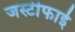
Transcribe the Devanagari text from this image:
जस्टीफाई